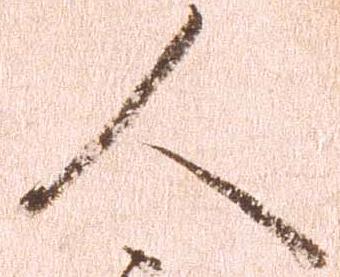
人